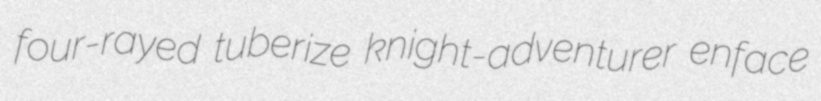
four-rayed tuberize knight-adventurer enface